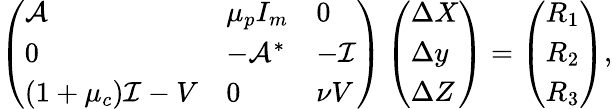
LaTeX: \left(\begin{array}{lll}{\mathcal{A}}&{\mu_{p}I_{m}}&{0}\\ {0}&{-\mathcal{A}^{*}}&{-\mathcal{I}}\\ {(1+\mu_{c})\mathcal{I}-V}&{0}&{{\nu}V}\end{array}\right)\left(\begin{array}{l}{\Delta X}\\ {\Delta y}\\ {\Delta Z}\end{array}\right)=\left(\begin{array}{l}{R_{1}}\\ {R_{2}}\\ {R_{3}}\end{array}\right),